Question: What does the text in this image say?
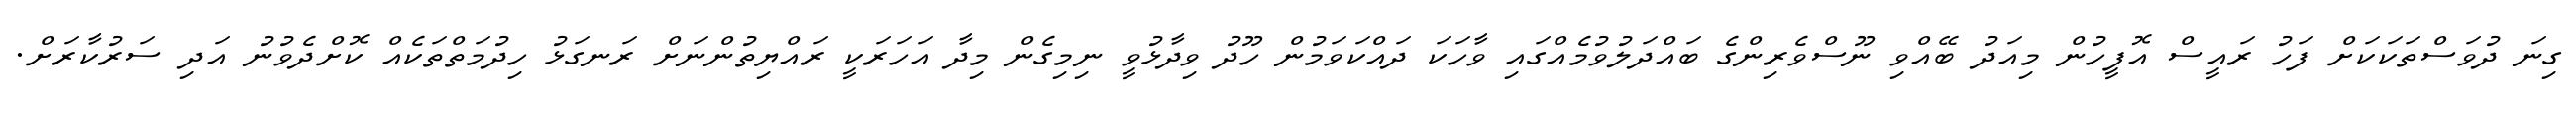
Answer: ގިނަ ދުވަސްތަކަކަށް ފަހު ރައީސް އޮފީހުން މިއަދު ބޭއްވި ނޫސްވެރިންގެ ބައްދަލުވުމެއްގައި ވާހަކަ ދައްކަވަމުން ހޫދު ވިދާޅުވީ ނިމިގެން މިދާ އަހަރަކީ ރައްޔިތުންނަށް ރަނގަޅު ހިދުމަތްތަކެއް ކޮށްދެވުނު އަދި ސަރުކާރަށް.